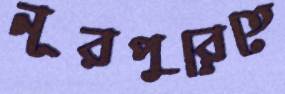
নূরপুরেতে